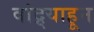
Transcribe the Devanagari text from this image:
वांद्र्याहून